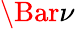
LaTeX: \Bar{\nu}